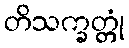
တိသက္ခတ္တုံ